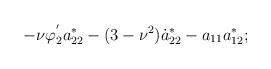
LaTeX: \begin{align*}-\nu\varphi_{2}^{'}a_{22}^{*} - (3 - \nu^{2})\dot{a}_{22}^{*} -a_{11}a_{12}^{*} ;\end{align*}